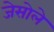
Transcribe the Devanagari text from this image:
जेसोले